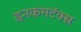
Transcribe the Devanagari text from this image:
इनकमटॅक्स